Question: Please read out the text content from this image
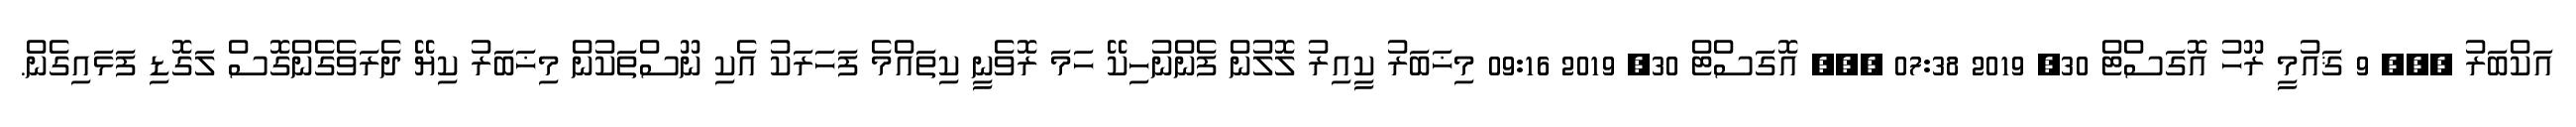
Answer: އަކްބަރު ??? 9 ޤައުމީ ރޫހު އޮގަސްޓް 30, 2019 07:38 ??? އޮގަސްޓް 30, 2019 09:16 މިޚަބަރު ކީއިރު ލޮލުން ފެންނުހިކޭ ހަމަ ރޮވެނީ ކިތައްމެ ފަހަރަކު އެކި ނޫސްތަކުން މިޚަބަރު ކިޔޭ ދެރަވެގެންގޮސް ލަގޮޑި ފަޅައިގެން.